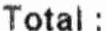
TOTAL :